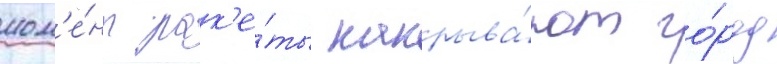
мом'е́нт рак'е́ты накрыва́ют го́род